Vaccination in the Punjab 1883-1896 - 1883-1896
Year: 1883
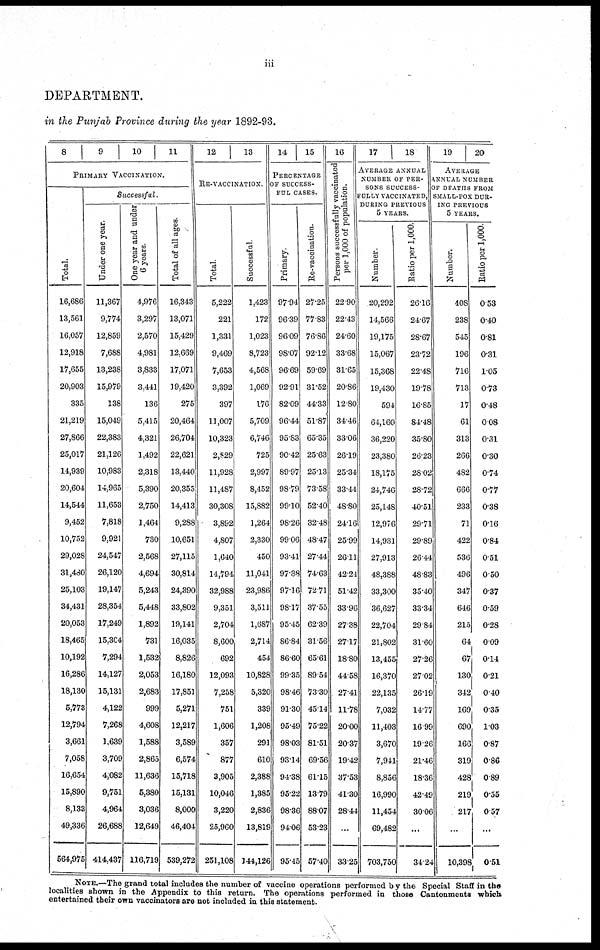
iii
DEPARTMENT.
in the Punjab Province during the year 1892-93.
8
9
10
11
PRIMARY VACCINATION.
Total.
16,686
13,561
16,057
12,918
17,655
20,903
335
21,219
27,866
25,017
14,939
20,604
14,544
9,452
10,752
29,028
31,480
25,103
34,431
20,053
18,465
10,192
16,286
18,130
5,773
12,794
3,661
7,058
16,654
15,890
8,133
49,336
564,975
Successful
Under one year.
11,367
9,774
12,859
7,688
13,238
15,979
138
15,049
22,383
21,126
10,983
14,965
11,653
7,818
9,921
24,547
26,120
19,147
28,354
17,249
15,304
7,294
14,127
15,131
4,122
7,268
1,639
3,709
4,082
9,751
4,964
26,688
414,437
One year and under
6 years
4,976
3,297
2,570
4,981
3,833
3,441
136
5,415
4,321
1,492
2,318
5,390
2,750
1,464
730
2,568
4,694
5,243
5,448
1,892
731
1,532
2,053
2,683
999
4,608
1,588
2,865
11,636
5,380
3,036
12,649
116,719
Total of all ages
16,343
13,071
15,429
12,669
17,071
19,420
275
20,464
26,704
22,621
13,440
20,355
14,413
9,288
10,651
27,115
30,814
24,390
33,802
19,141
16,035
8,826
16,180
17,851
5,271
12,217
3,589
6,574
15,718
15,131
8,000
46,404
539,272
12
13
RE-VACCINATION.
Total
5,222
221
1,331
9,469
7,653
3,392
397
11,007
10,323
2,829
11,928
11,487
30,308
3,892
4,807
1,640
14,794
32,988
9,351
2,704
8,600
692
12,093
7,258
751
1,606
357
877
3,905
10,046
3,220
25,960
251,108
Successful
1,423
172
1,023
8,723
4,568
1,069
176
5,709
6,746
725
2,997
8,452
15,882
1,264
2,330
450
11,041
23,986
3,511
1,687
2,714
454
10,828
5,320
339
1,208
291
610
2,388
1,385
2,836
13,819
144,126
14
15
PERCENTAGE
OF SUCCESS-
FUL CASES.
Primary
97.94
96.39
96.09
98.07
96.69
92.91
82.09
96.44
95.83
90.42
89.97
98.79
99.10
98.26
99.06
93.41
97.88
97.16
98.17
95.45
86.84
86.60
99.35
98.46
91.30
95.49
98.03
93.14
94.38
95.22
98.36
94.06
95.45
Re-vaccination.
27.25
77.83
76.86
92.12
59.69
31.52
44.33
51.87
65.35
25.63
25.13
73.38
52.40
32.48
48.47
27.44
74.63
72.71
37.55
62.39
31.56
65.61
89.54
73.30
45.14
75.22
81.51
69.56
61.15
13.79
88.07
53.23
57.40
16
Persons successfully vaccinated
per 1,000 of population.
22.90
22.43
24.60
33.68
31.65
20.86
12.80
34. 46
33 .06
26.19
25.34
33.44
48.80
24.16
25.99
26.11
42.24
51.42
33.96
27.38
27.17
18.80
44.58
27.41
11.78
20.00
20.37
19.42
37.53
41.30
28.44
...
33.25
17
18
AVERAGE ANNUAL
NUMBER OF PER-
SONS SUCCESS-
FULLY VACCINATED,
DURING PREVIOUS
5 YEARS.
Number
20,292
14,566
19,175
15,067
15,368
19,430
594
64,160
36,220
23,380
18,175
24,746
25,148
12,976
14,931
27,913
48,388
33,300
36,627
22,704
21,802
13,455
16,370
22,135
7,032
11,403
3,670
7,941
8,856
16,990
11,454
69,482
703,750
Ratio per 1,000.
26.16
24.67
28.67
23.72
22.48
19.78
16.85
84.48
35.80
26.23
28 .02
28.72
40.51
29.71
29.89
26.44
48.83
35.40
33.34
29.84
31.60
27.26
27.02
26.19
14.77
16.99
19.26
21.46
18.36
42.49
30.06
...
34.24
19
20
AVERAGE
ANNUAL NUMBER
OF DEATHS FROM
SMALL-POX DUR-
ING PREVIOUS
5 YEARS.
Number.
408
238
545
196
716
713
17
61
313
266
482
666
233
71
422
536
496
347
646
215
64
67
130
342
169
690
166
319
428
219
217
...
10,398
Ratio per 1,000
0.53
0.40
0.81
0.31
1.05
0.73
0.48
0.08
0.31
0.30
0.74
0.77
0.38
0.16
0.84
0.51
0.50
0.37
0.59
0.28
0.09
0.14
0.21
0.40
0.35
1.03
0.87
0.86
0.89
0.55
0.57
...
0.51
NOTE. — The grand total includes the number of vaccine operations performed by the Special Staff in the
localities shown in the Appendix to this return. The operations performed in those Cantonments which
entertained their own vaccinators are not included in this statement.